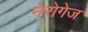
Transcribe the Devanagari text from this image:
नेरोगेज